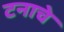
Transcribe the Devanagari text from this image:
टनाचे